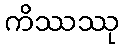
ကိဿဿု